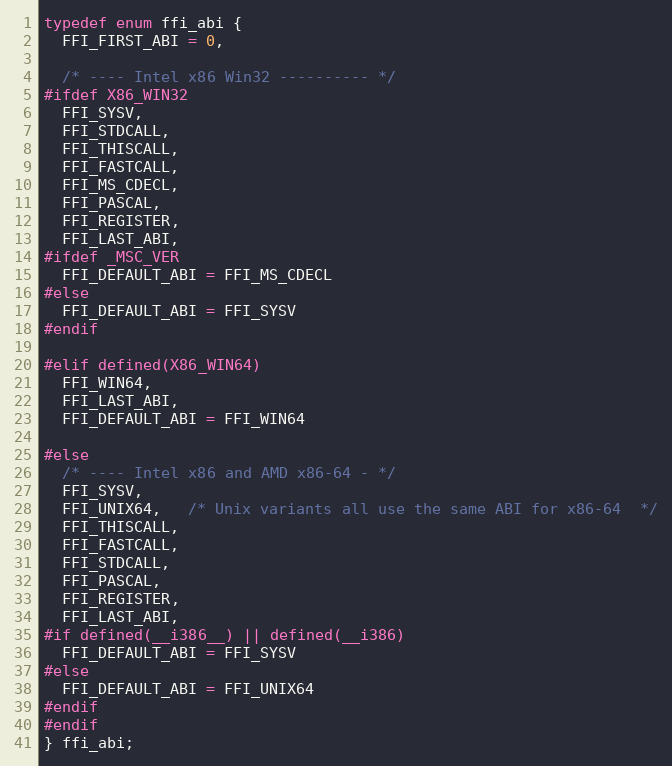
Language: C
typedef enum ffi_abi {
  FFI_FIRST_ABI = 0,

  /* ---- Intel x86 Win32 ---------- */
#ifdef X86_WIN32
  FFI_SYSV,
  FFI_STDCALL,
  FFI_THISCALL,
  FFI_FASTCALL,
  FFI_MS_CDECL,
  FFI_PASCAL,
  FFI_REGISTER,
  FFI_LAST_ABI,
#ifdef _MSC_VER
  FFI_DEFAULT_ABI = FFI_MS_CDECL
#else
  FFI_DEFAULT_ABI = FFI_SYSV
#endif

#elif defined(X86_WIN64)
  FFI_WIN64,
  FFI_LAST_ABI,
  FFI_DEFAULT_ABI = FFI_WIN64

#else
  /* ---- Intel x86 and AMD x86-64 - */
  FFI_SYSV,
  FFI_UNIX64,   /* Unix variants all use the same ABI for x86-64  */
  FFI_THISCALL,
  FFI_FASTCALL,
  FFI_STDCALL,
  FFI_PASCAL,
  FFI_REGISTER,
  FFI_LAST_ABI,
#if defined(__i386__) || defined(__i386)
  FFI_DEFAULT_ABI = FFI_SYSV
#else
  FFI_DEFAULT_ABI = FFI_UNIX64
#endif
#endif
} ffi_abi;